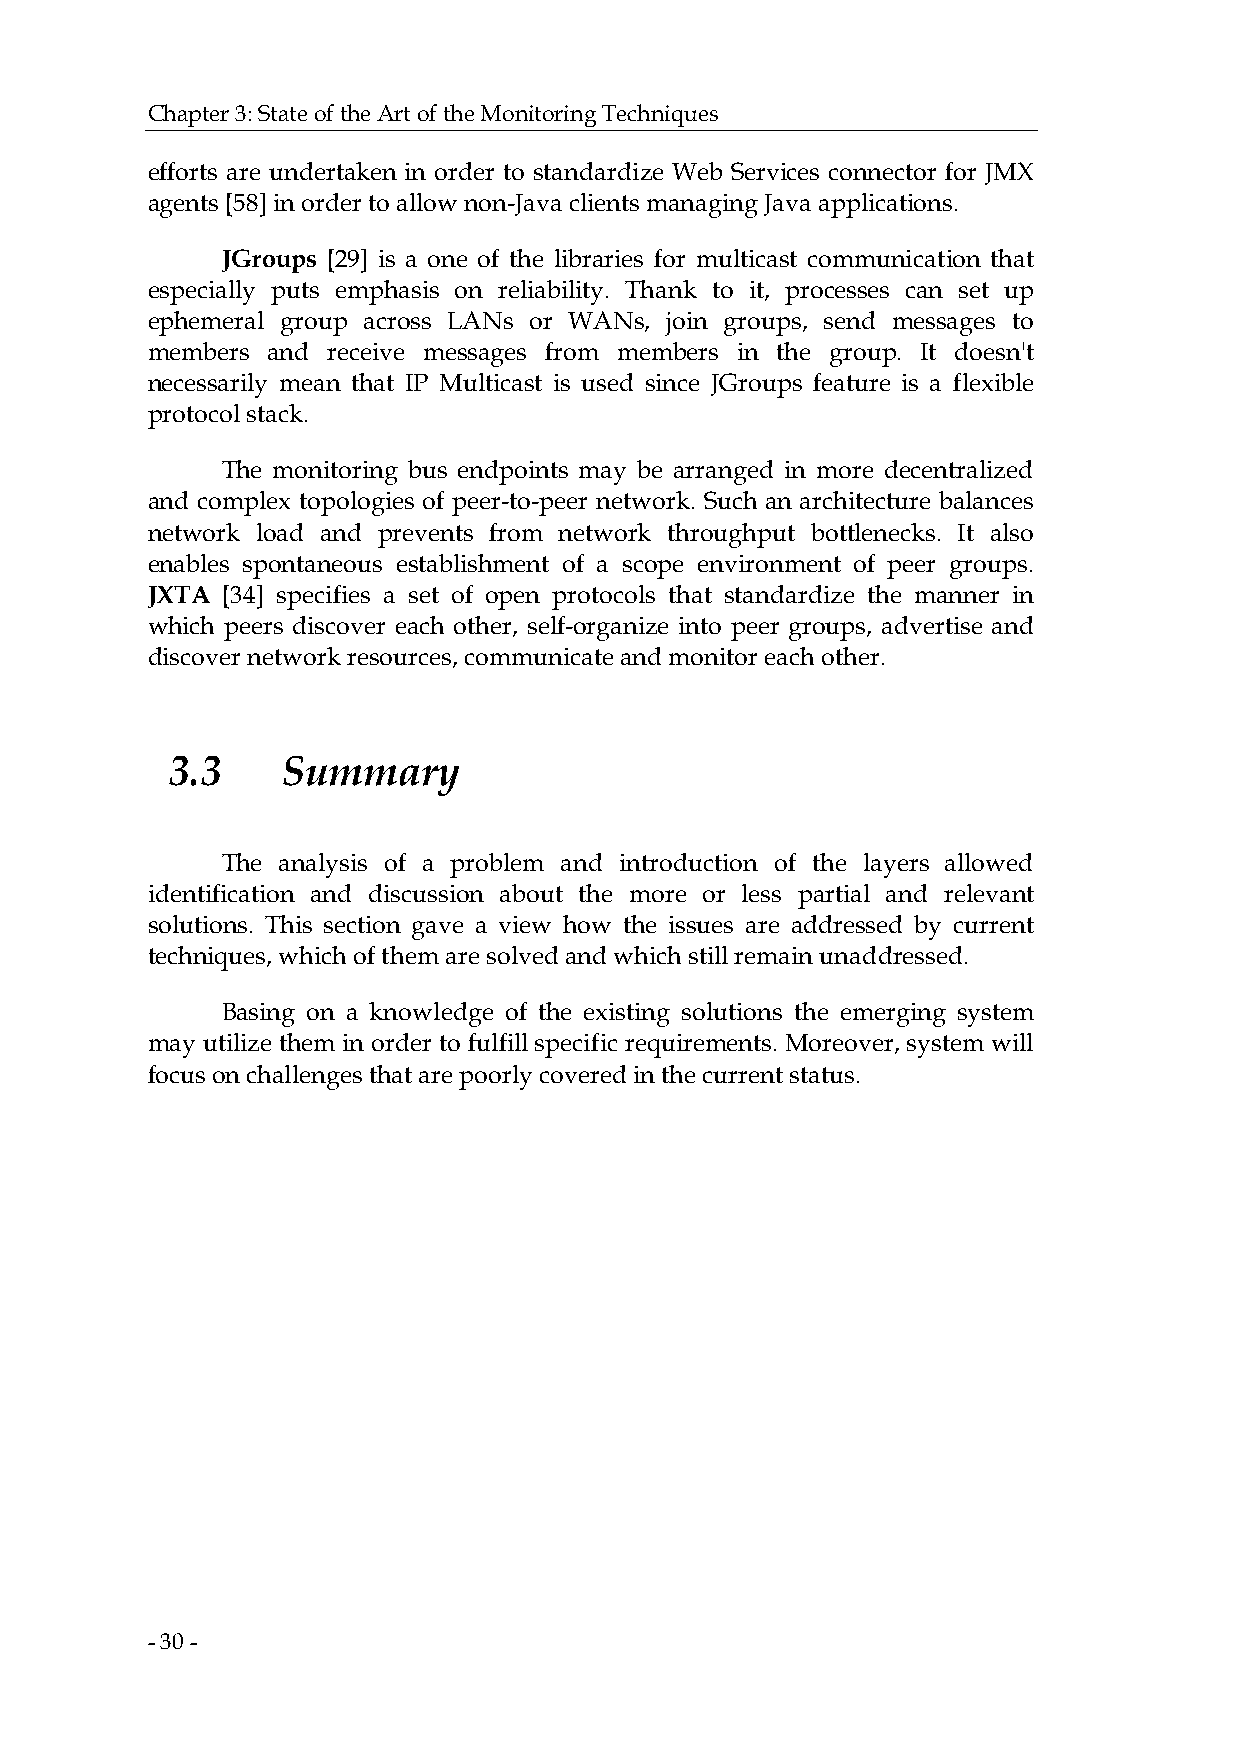
Chapter 3: State of the Art of the Monitoring Techniques
 efforts are undertaken in order to standardize Web Services connector for JMX
 agents [58] in order to allow non-Java clients managing Java applications.
 JGroups [29] is a one of the libraries for multicast communication that
 especially puts emphasis on reliability. Thank to it, processes can set up
 ephemeral group across LANs or WANs, join groups, send messages to
 members and receive messages from members in the group. It doesn't
 necessarily mean that IP Multicast is used since JGroups feature is a flexible
 protocol stack.
 The monitoring bus endpoints may be arranged in more decentralized
 and complex topologies of peer-to-peer network. Such an architecture balances
 network load and prevents from network throughput bottlenecks. It also
 enables spontaneous establishment of a scope environment of peer groups.
 JXTA [34] specifies a set of open protocols that standardize the manner in
 which peers discover each other, self-organize into peer groups, advertise and
 discover network resources, communicate and monitor each other.
 3.3     Summary
 The analysis of a problem and introduction of the layers allowed
 identification and discussion about the more or less partial and relevant
 solutions. This section gave a view how the issues are addressed by current
 techniques, which of them are solved and which still remain unaddressed.
 Basing on a knowledge of the existing solutions the emerging system
 may utilize them in order to fulfill specific requirements. Moreover, system will
 focus on challenges that are poorly covered in the current status.
 - 30 -